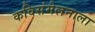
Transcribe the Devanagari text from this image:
कविसंमेलनाला